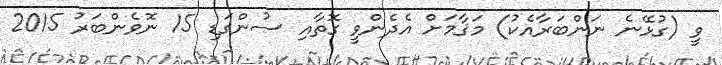
ވީ (ގުޅޭނެ ނަންބަރާއެކު) މަޤާމަށް އެދެންވީ ގޮތާއި ސުންގަޑި 15 ނޮވެންބަރު 2015